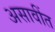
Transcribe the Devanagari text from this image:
असावींत